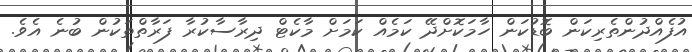
އުފެއްދުންތެރިކަން ބޮޑުކަން ހާމަކޮށްދޭ ކަމެއް ކަމަށް މާކެޓް ދިރާސާކުރާ ފަރާތްތަކުން ބުނެ އެވެ.